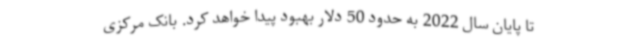
تا پایان سال 2022 به حدود 50 دلار بهبود پیدا خواهد کرد. بانک مرکزی